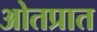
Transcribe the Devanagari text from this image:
ओतप्रात